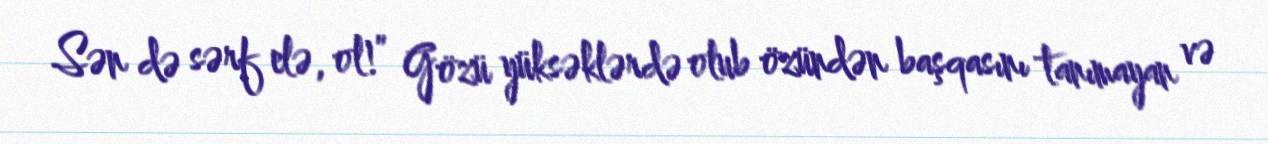
Sən də sərf elə, ol!” Gözü yüksəklərdə olub özündən başqasını tanımayan və